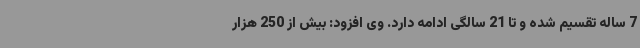
7 ساله تقسیم شده و تا 21 سالگی ادامه دارد. وی افزود: بیش از 250 هزار